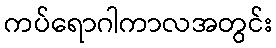
ကပ်ရောဂါကာလအတွင်း